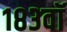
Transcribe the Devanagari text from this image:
१८३वॉ